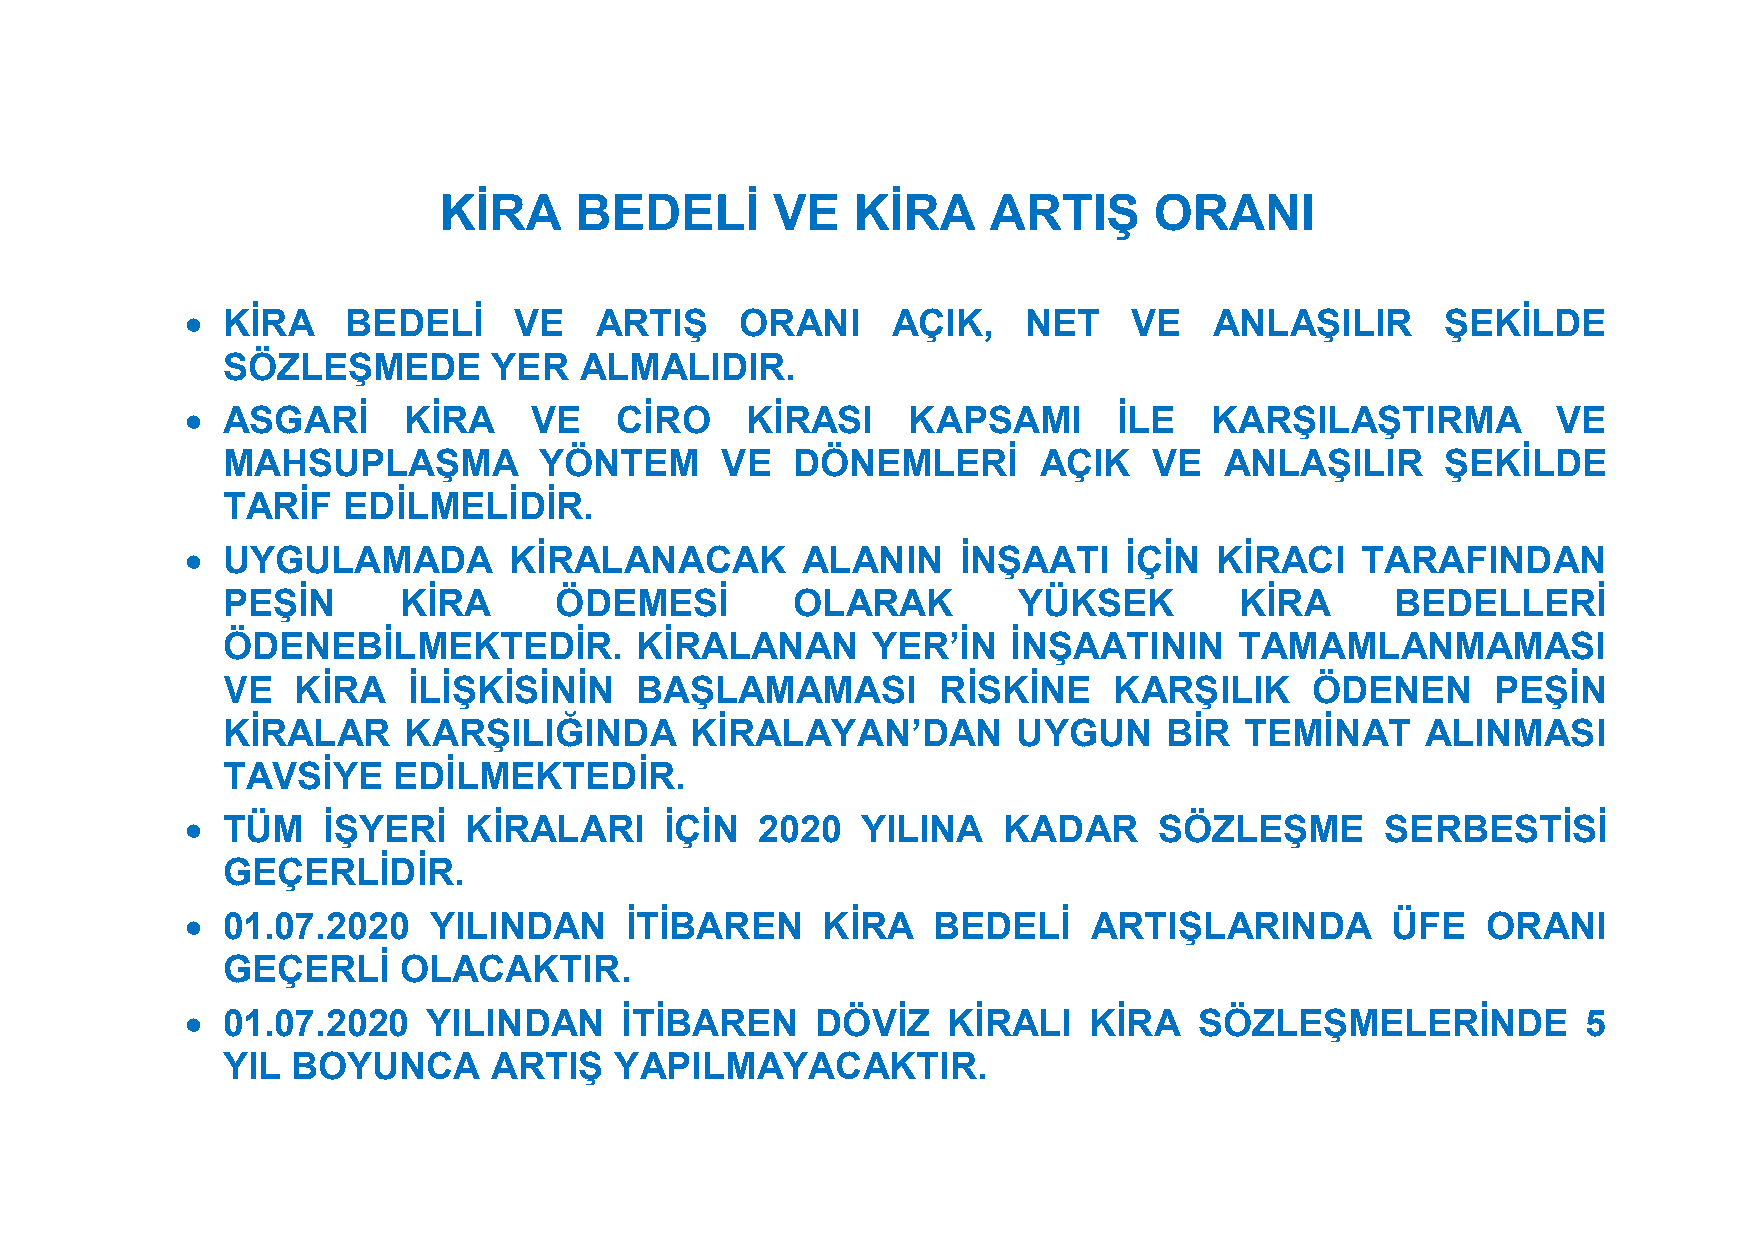
KİRA     BEDELİ       VE   KİRA     ARTIŞ      ORANI
   KİRA    BEDELİ     VE   ARTIŞ     ORANI     AÇIK,    NET    VE   ANLAŞILIR       ŞEKİLDE
 SÖZLEŞMEDE        YER  ALMALIDIR.
   ASGARİ      KİRA    VE    CİRO    KİRASI     KAPSAMI       İLE   KARŞILAŞTIRMA          VE
 MAHSUPLAŞMA          YÖNTEM      VE  DÖNEMLERİ        AÇIK   VE   ANLAŞILIR      ŞEKİLDE
 TARİF   EDİLMELİDİR.
   UYGULAMADA         KİRALANACAK        ALANIN     İNŞAATI   İÇİN  KİRACI    TARAFINDAN
 PEŞİN      KİRA       ÖDEMESİ        OLARAK         YÜKSEK         KİRA      BEDELLERİ
 ÖDENEBİLMEKTEDİR.          KİRALANAN       YER’İN   İNŞAATININ     TAMAMLANMAMASI
 VE  KİRA    İLİŞKİSİNİN    BAŞLAMAMASI         RİSKİNE     KARŞILIK     ÖDENEN      PEŞİN
 KİRALAR     KARŞILIĞINDA       KİRALAYAN’DAN        UYGUN     BİR  TEMİNAT     ALINMASI
 TAVSİYE    EDİLMEKTEDİR.
   TÜM   İŞYERİ    KİRALARI     İÇİN  2020   YILINA   KADAR      SÖZLEŞME       SERBESTİSİ
 GEÇERLİDİR.
   01.07.2020   YILINDAN     İTİBAREN     KİRA    BEDELİ    ARTIŞLARINDA        ÜFE   ORANI
 GEÇERLİ    OLACAKTIR.
   01.07.2020   YILINDAN     İTİBAREN     DÖVİZ    KİRALI   KİRA   SÖZLEŞMELERİNDE           5
 YIL BOYUNCA       ARTIŞ   YAPILMAYACAKTIR.